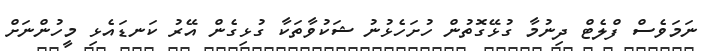
ނަމަވެސް ފްލެޓް ދިނުމާ ގުޅޭގޮތުން ހުށަހެޅުނު ޝަކުވާތަކާ ގުޅިގެން އޭރު ކަނޑައެޅި މީހުންނަށް